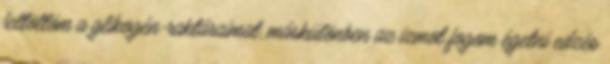
feltöltöm a glikogén-raktáraimat, máskülönben az izmot fogom égetni edzés